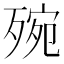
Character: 㱧